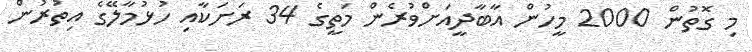
މި ގޮތުން 2000 މީހުން އާބާދީއަށްވުރެން މަތީގެ 34 ރަށަކާއި ހުޅުމާލޭގެ އިތުރުން